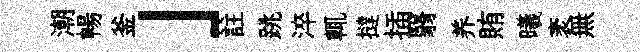
潮暢釜」註跳淬輒撻插翳养賄曦袤無